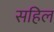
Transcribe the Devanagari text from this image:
सहिल